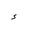
Letter: _hamza